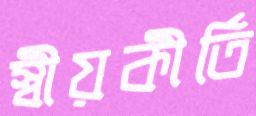
স্বীয়কীর্তি